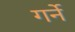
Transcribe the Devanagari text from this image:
गर्ने